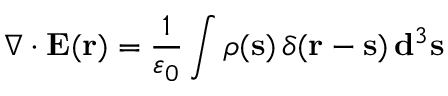
\nabla \cdot \mathbf { E } ( \mathbf { r } ) = { \frac { 1 } { \varepsilon _ { 0 } } } \int \rho ( \mathbf { s } ) \, \delta ( \mathbf { r } - \mathbf { s } ) \, \mathbf { d } ^ { 3 } \mathbf { s }